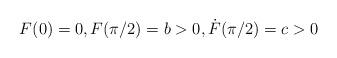
LaTeX: \begin{align*}F(0)=0,F(\pi/2)=b>0, \dot{F}(\pi/2)=c>0\end{align*}